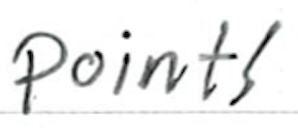
Text: points
Cross-out: clean
Writing tool: ballpoint